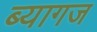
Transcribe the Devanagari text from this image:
ब्यागज